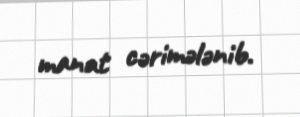
manat cərimələnib.